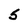
Character: 5